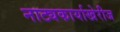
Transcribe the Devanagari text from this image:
नाट्यकार्याखेरीज